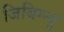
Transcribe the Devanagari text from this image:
जिबिग्न्यु